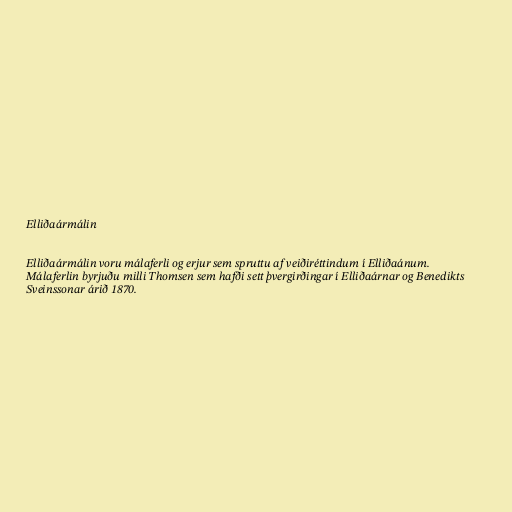
Elliðaármálin

Elliðaármálin voru málaferli og erjur sem spruttu af veiðiréttindum í Elliðaánum.
Málaferlin byrjuðu milli Thomsen sem hafði sett þvergirðingar í Elliðaárnar og Benedikts
Sveinssonar árið 1870.